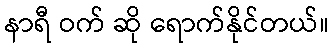
နာရီ ဝက် ဆို ရောက်နိုင်တယ်။